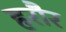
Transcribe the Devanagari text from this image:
हरौर